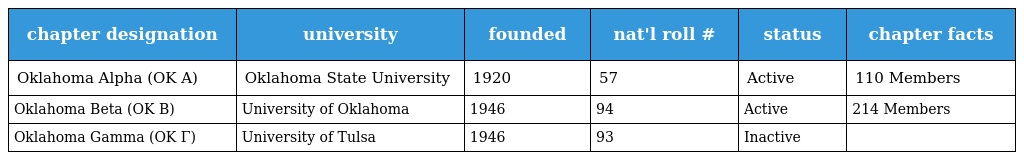
| chapter designation | university | founded | nat'l roll # | status | chapter facts |
 | --- | --- | --- | --- | --- | --- |
 | Oklahoma Alpha (OK Α) | Oklahoma State University | 1920 | 57 | Active | 110 Members |
 | Oklahoma Beta (OK B) | University of Oklahoma | 1946 | 94 | Active | 214 Members |
 | Oklahoma Gamma (OK Γ) | University of Tulsa | 1946 | 93 | Inactive |  |